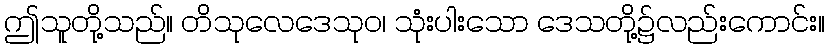
ဤသူတို့သည်။ တိသုလေဒေသုဝ၊ သုံးပါးသော ဒေသတို့၌လည်းကောင်း။